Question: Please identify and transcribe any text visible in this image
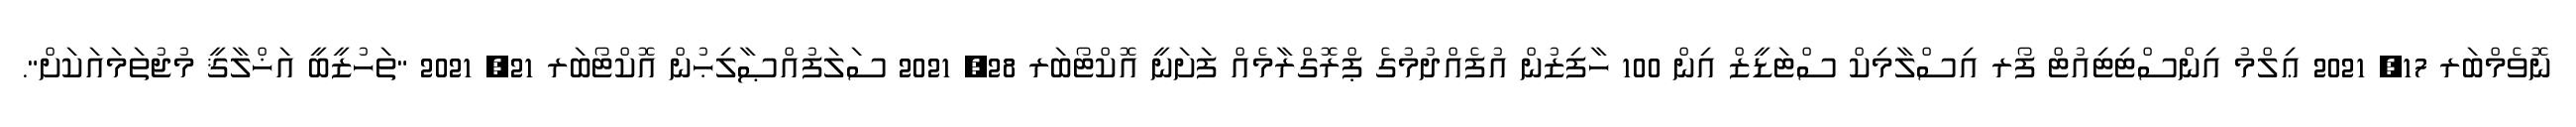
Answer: ނޮވެމްބަރ 17, 2021 ޢިލްމު އިންސްޓިޓިއުޓް ފޯރ އިސްލާމިކް ސްޓަޑީޒް އިން 100 ހާފިޒުން އުފެއްދުމުގެ ޕްރޮގްރާމެއް ފަށަނީ އޮކްޓޯބަރ 28, 2021 ސަލަފުއްޞާލިޙުން އޮކްޓޯބަރ 21, 2021 "ތަހުޒީބީ އަޚްލާޤީ މުޖުތަމައަކަށް".